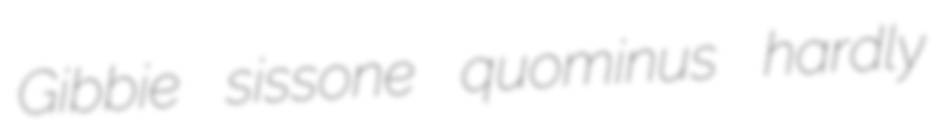
Gibbie sissone quominus hardly